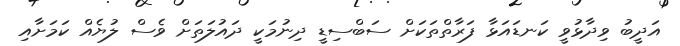
އަދީބު ވިދާޅުވީ ކަނޑައަޅާ ފަރާތްތަކަށް ސަބްސިޑީ ދިނުމަކީ ދައުލަތަށް ވެސް ލުޔެއް ކަމަށާއި